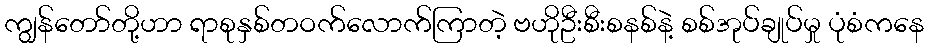
ကျွန်တော်တို့ဟာ ရာစုနှစ်တဝက်လောက်ကြာတဲ့ ဗဟိုဦးစီးစနစ်နဲ့ စစ်အုပ်ချုပ်မှု ပုံစံကနေ